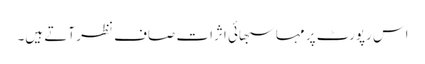
اس رپورٹ پر مہاسبھائی اثرات صاف نظر آتے ہیں۔